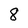
Character: 8